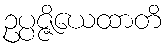
ဥပ္ပဇ္ဇိယေထာတိ